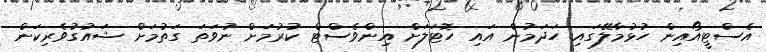
އެސްޓީއޯއިން ހުޅުމާލޭގައި ހަދަމުން އައި ހޮޓަލަށް އިންވެސްޓް ކުރުމަށް ނުވަތަ ގަތުމަށް ޝައުގުވެރިކަން